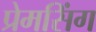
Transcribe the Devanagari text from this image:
प्रेमसिंग